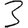
Digit: 3